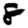
Digit: 8